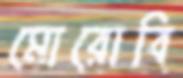
মোরোবি